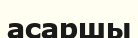
асаршы